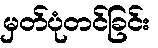
မှတ်ပုံတင်ခြင်း